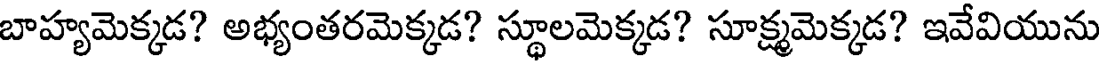
బాహ్యమెక్కడ? అభ్యంతరమెక్కడ? స్థూలమెక్కడ? సూక్ష్మమెక్కడ? ఇవేవియును